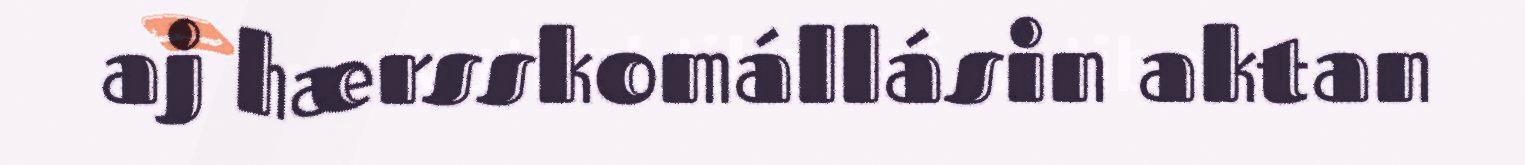
aj hærsskomállásin aktan